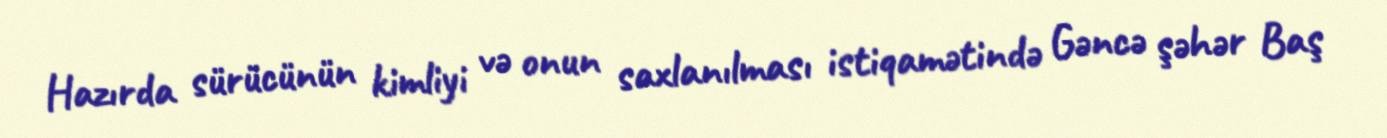
Hazırda sürücünün kimliyi və onun saxlanılması istiqamətində Gəncə şəhər Baş